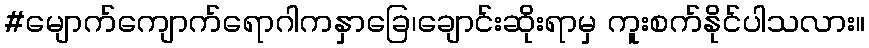
#မျောက်ကျောက်ရောဂါကနှာခြေ၊ချောင်းဆိုးရာမှ ကူးစက်နိုင်ပါသလား။